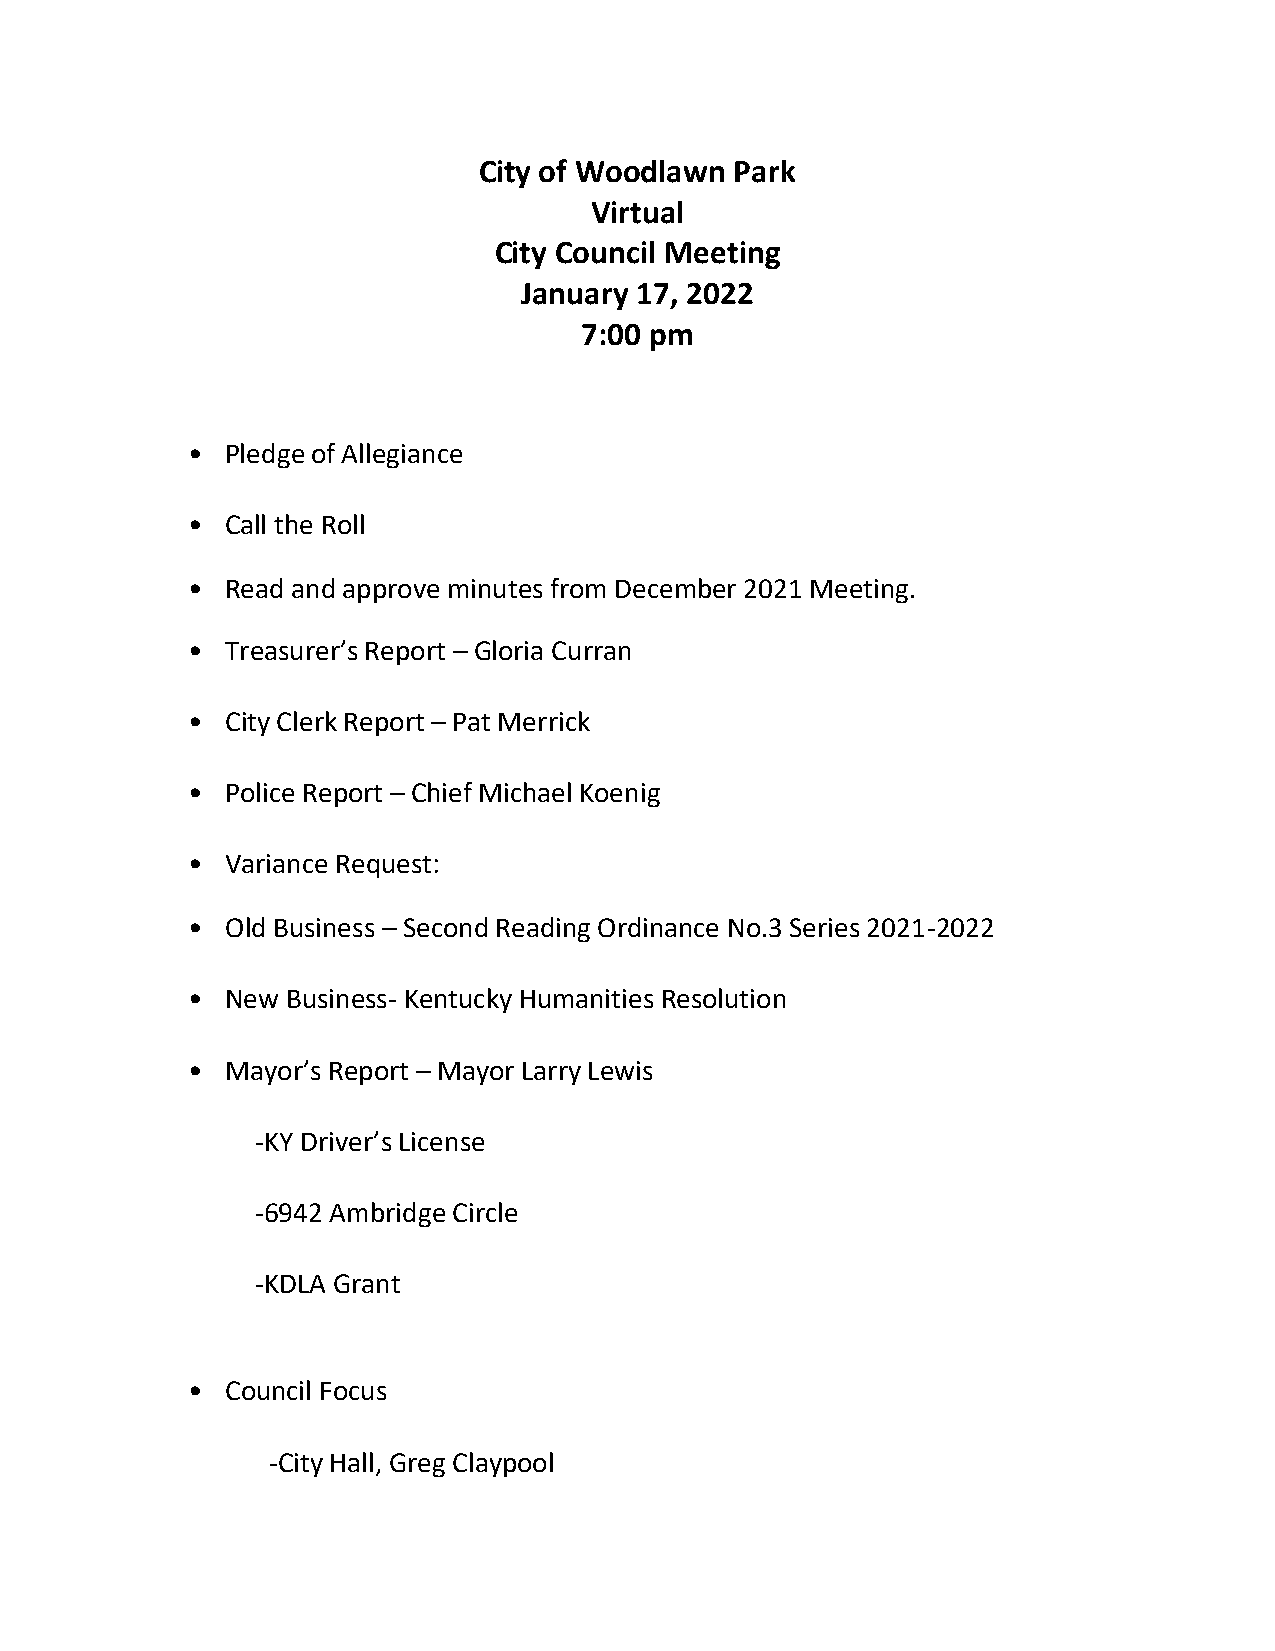
City of Woodlawn Park
 Virtual
 City Council Meeting
 January 17, 2022
 7:00 pm
 •  Pledge of Allegiance
 •  Call the Roll
 •  Read and approve minutes from December 2021 Meeting.
 •  Treasurer’s Report – Gloria Curran
 •  City Clerk Report – Pat Merrick
 •  Police Report – Chief Michael Koenig
 •  Variance Request:
 •  Old Business – Second Reading Ordinance No.3 Series 2021-2022
 •  New Business- Kentucky Humanities Resolution
 •  Mayor’s Report – Mayor Larry Lewis
 -KY Driver’s License
 -6942 Ambridge Circle
 -KDLA Grant
 •  Council Focus
 -City Hall, Greg Claypool